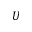
U